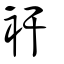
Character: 衦